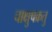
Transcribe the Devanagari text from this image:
चाक्षुषक्रतु